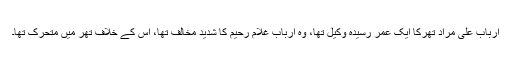
ارباب علی مراد تھرکا ایک عمر رسیدہ وکیل تھا، وہ ارباب غلام رحیم کا شدید مخالف تھا، اس کے خلاف تھر میں متحرک تھا۔